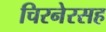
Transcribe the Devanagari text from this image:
चिरनेरसह